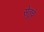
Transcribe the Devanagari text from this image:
सेतूचे